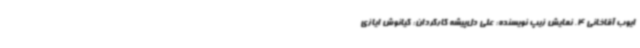
ایوب آقاخانی 4. نمایش زیپ نویسنده: علی دل‌پیشه کارگردان: کیانوش ایازی